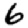
Digit: 6